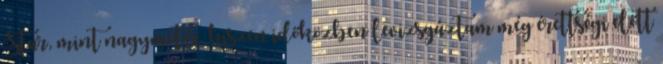
Star, mint nagymotor, hiszen időközben levizsgáztam még érettségi előtt